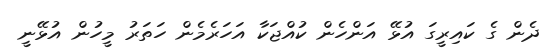
ދެން ގެ ކައިރީގަ އުޅޭ އަންހެން ކުއްޖަކާ އަހަރެމެން ހަތަރު މީހުން އުޅޭނީ